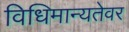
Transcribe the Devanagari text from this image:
विधिमान्यतेवर